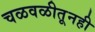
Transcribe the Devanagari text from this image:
चळवळीतूनही